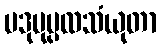
ပဒုမုပ္ပလသံယုတာ